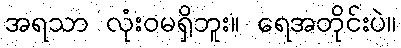
အရသာ လုံးဝမရှိဘူး။ ရေအတိုင်းပဲ။